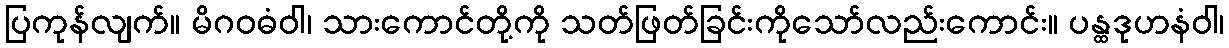
ပြကုန်လျက်။ မိဂဝဓံဝါ၊ သားကောင်တို့ကို သတ်ဖြတ်ခြင်းကိုသော်လည်းကောင်း။ ပန္ထဒုဟနံဝါ၊